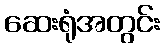
ဆေးရုံအတွင်း